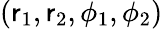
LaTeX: (\mathsf{r}_{1},\mathsf{r}_{2},\phi_{1},\phi_{2})